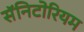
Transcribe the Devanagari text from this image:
सॅनिटोरियम